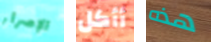
الإصرار أأكل هذه